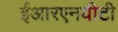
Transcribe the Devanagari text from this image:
ईआरएनयीटी